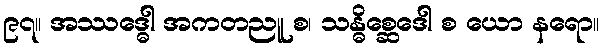
၉၇။ အဿဒ္ဓေါ အကတညူ စ၊ သန္ဓိစ္ဆေဒေါ စ ယော နရော။